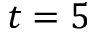
t = 5